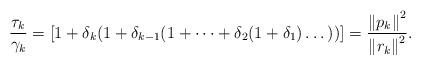
LaTeX: \begin{align*}\frac{\tau_{k}}{\gamma_{k}}=\left[1+\delta_{k}(1+\delta_{k-1}(1+\dots+\delta_{2}(1+\delta_{1})\dots))\right]=\frac{\left\Vert p_{k}\right\Vert ^{2}}{\left\Vert r_{k}\right\Vert ^{2}}.\end{align*}